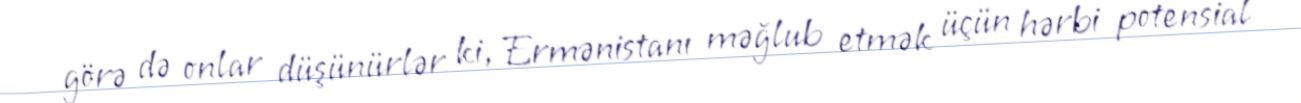
görə də onlar düşünürlər ki, Ermənistanı məğlub etmək üçün hərbi potensial